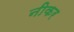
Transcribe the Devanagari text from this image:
नीकर